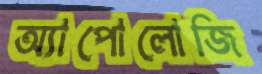
অ্যাপোলোজি